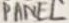
Text: PANEL